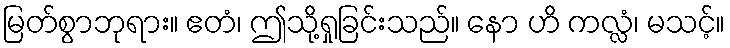
မြတ်စွာဘုရား။ ဧတံ၊ ဤသို့ရှုခြင်းသည်။ နော ဟိ ကလ္လံ၊ မသင့်။